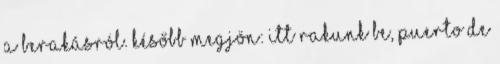
a berakásról. Később megjön: itt rakunk be, Puerto de